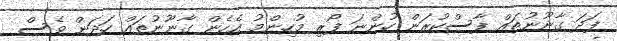
ފަދަ ގާނޫނުތައް ފާސްކުރަން ހުންނަ ފޯރި މުހިންމު އެހެން ގާނޫނުތައް ހަދަން ވެސް